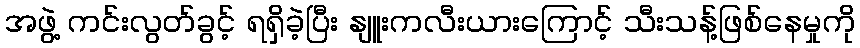
အဖွဲ့ ကင်းလွတ်ခွင့် ရရှိခဲ့ပြီး နျူးကလီးယားကြောင့် သီးသန့်ဖြစ်နေမှုကို